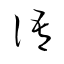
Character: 語